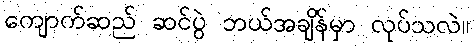
ကျောက်ဆည် ဆင်ပွဲ ဘယ်အချိန်မှာ လုပ်သလဲ။